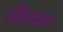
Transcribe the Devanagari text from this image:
चीवक